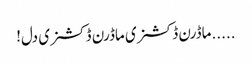
.....ماڈرن ڈکشنری ماڈرن ڈکشنری دل!